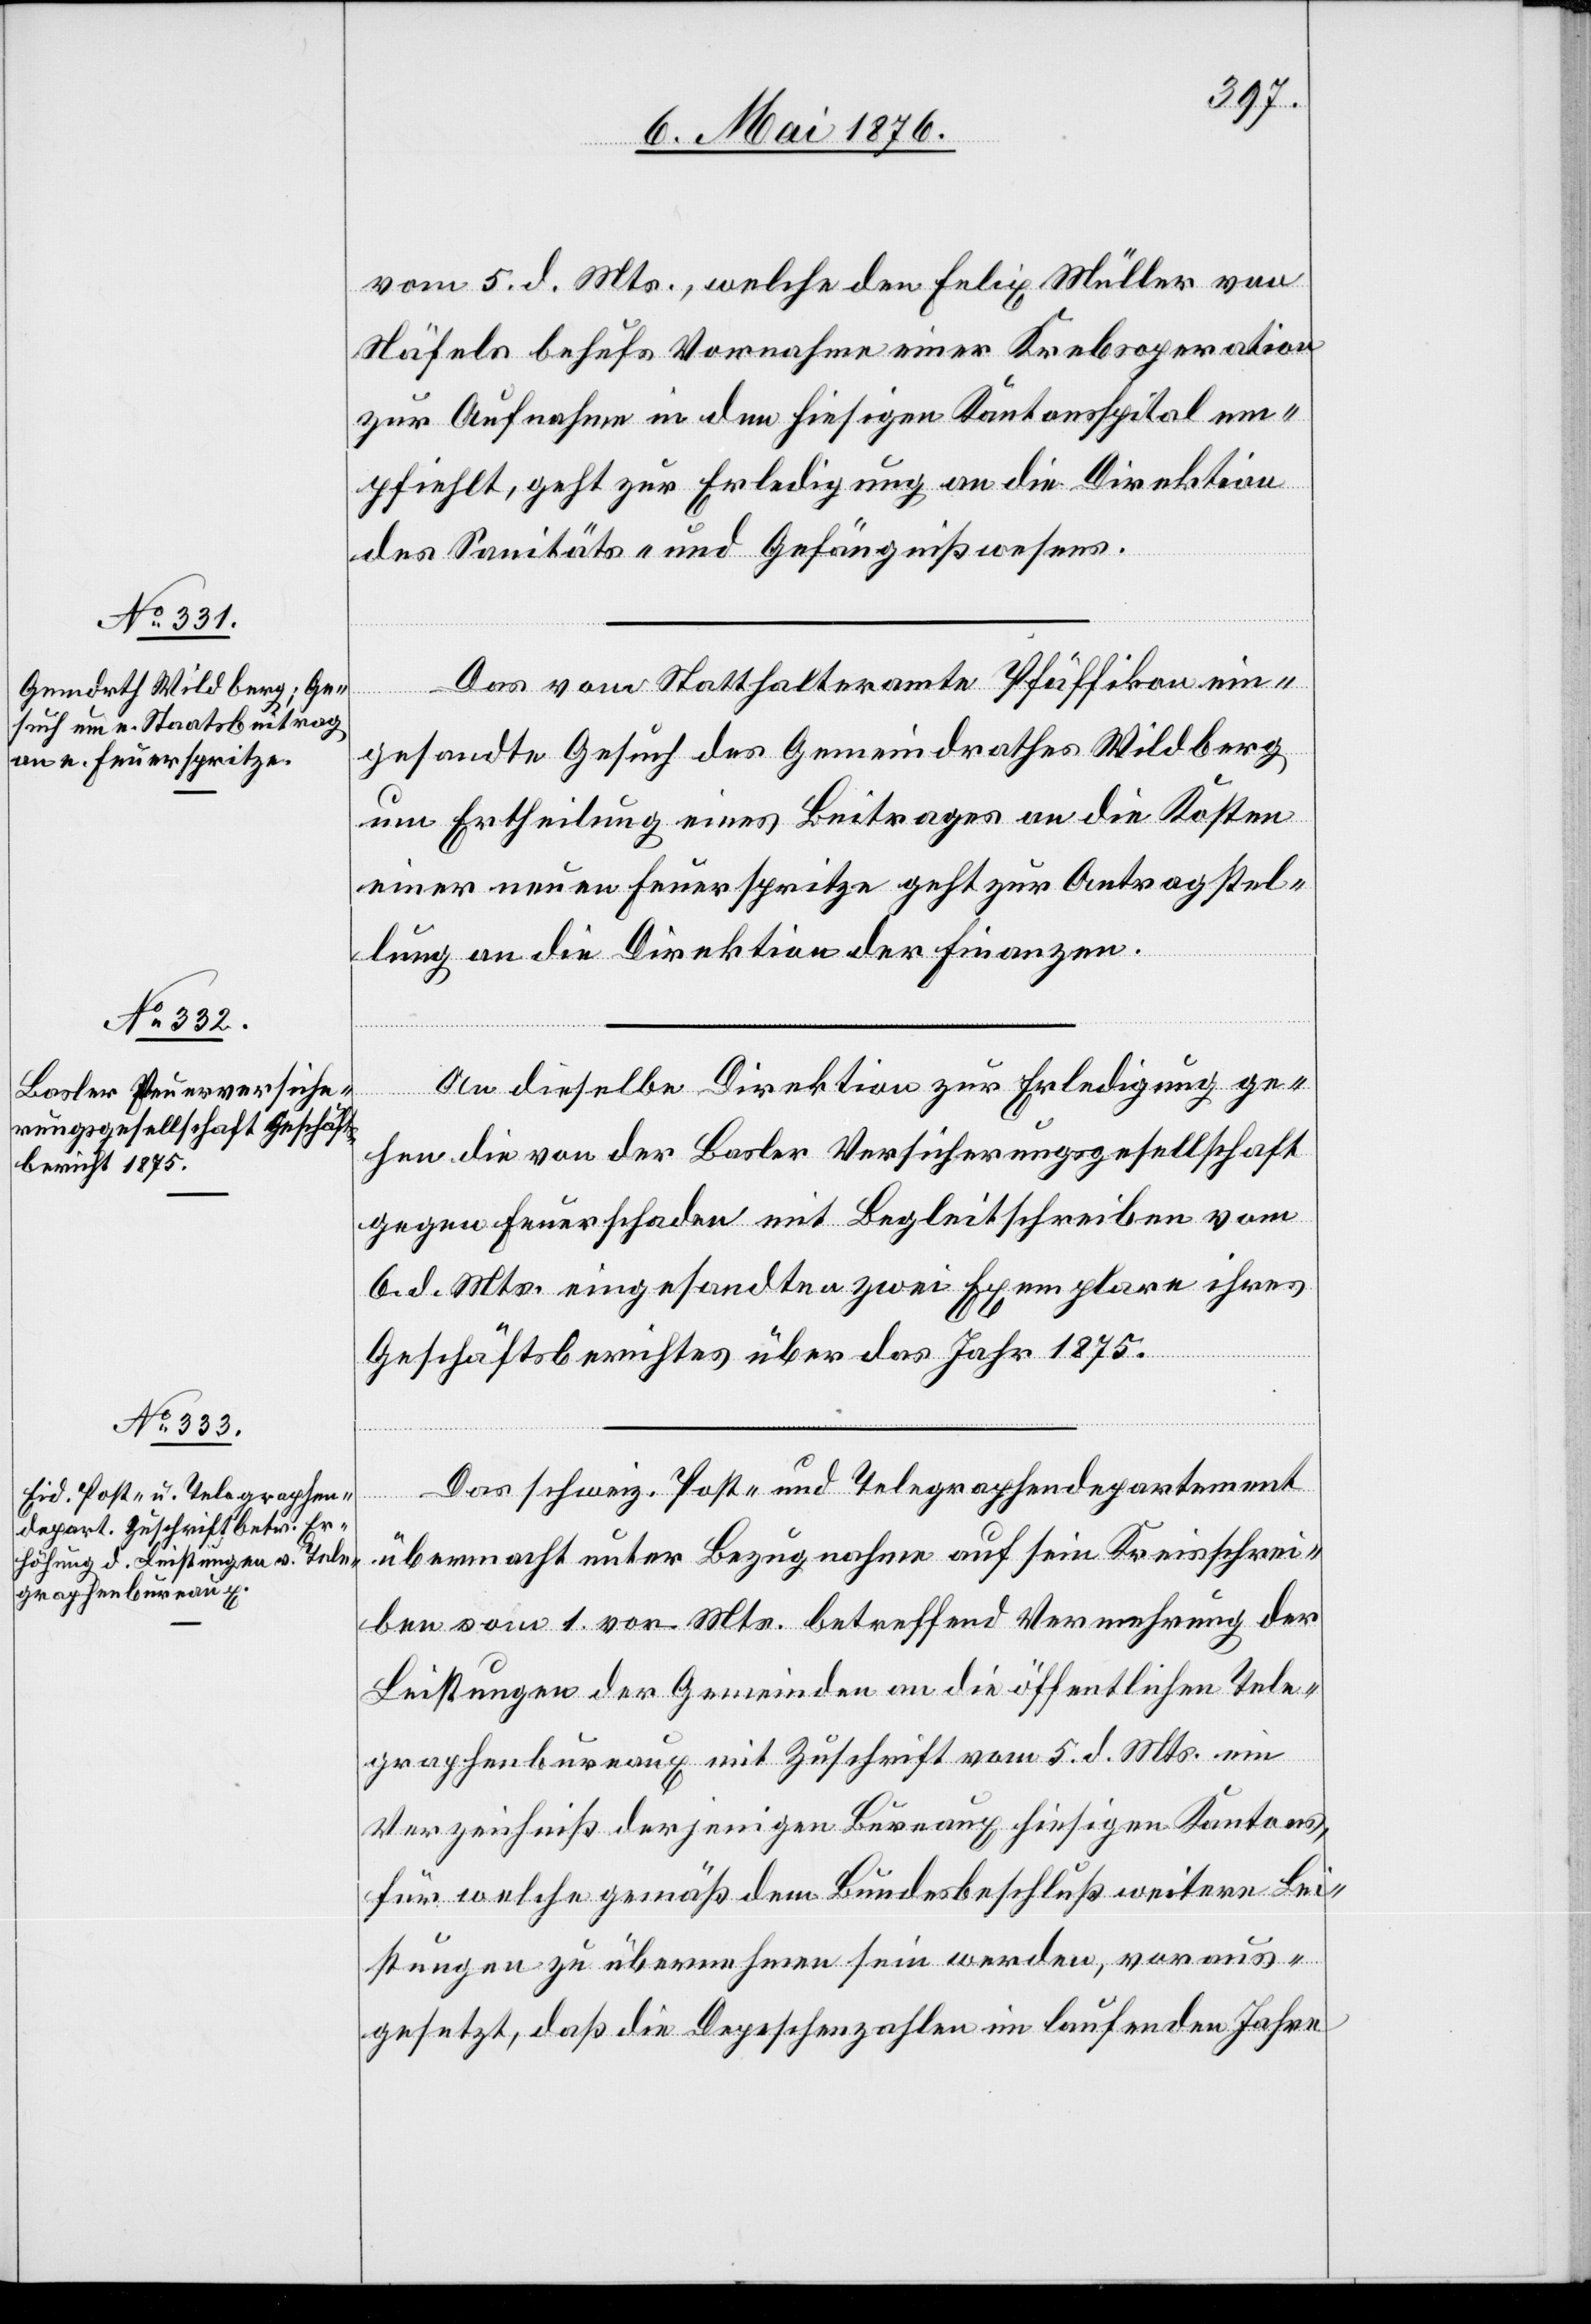
8. Mai 1876.]
vom 5. d. Mts., welche den Felix Müller von
Näfels behufs Vornahme einer Krebsoperation
zur Aufnahme in den hiesigen Kantonsspital em¬
pfiehlt, geht zur Erledigung an die Direktion
des Sanitäts- und Gefängnißwesens.
Das vom Statthalteramte Pfäffikon ein¬
[Präsidial-Verfügungen
gesandte Gesuch des Gemeindrathes Wildberg
um Ertheilung eines Beitrages an die Kosten
einer neuen Feuerspritze geht zur Antragstel¬
lung an die Direktion der Finanzen.
An dieselbe Direktion zur Erledigung ge¬
hen die von der Balser Versicherungsgesellschaft
gegen Feuerschaden mit Begleitschreiben vom
6. d. Mts. eingesandten zwei Exemplare ihres
Geschäftsberichtes über das Jahr 1875.
Das schweiz. Post- und Telegraphendepartement
übermacht unter Bezugnahme auf sein Kreisschrei¬
ben vom 1. vor. Mts. betreffend Vermehrung der
Leistungen der Gemeinden an die öffentlichen Tele¬
graphenbureaux mit Zuschrift vom 5. d. Mts. ein
Verzeichniß derjenigen Bureaux hiesigen Kantons,
für welche gemäß dem Bundesbeschluß weitere Lei¬
stungen zu übernehmen sein werden, voraus¬
gesetzt, daß die Depeschenzahlen im laufenden Jahre